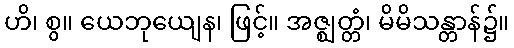
ဟိ၊ စွ။ ယေဘုယျေန၊ ဖြင့်။ အဇ္ဈတ္တံ၊ မိမိသန္တာန်၌။